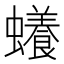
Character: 𧓲